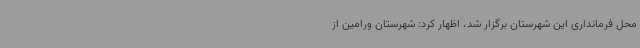
محل فرمانداری این شهرستان برگزار شد، اظهار کرد: شهرستان ورامین از